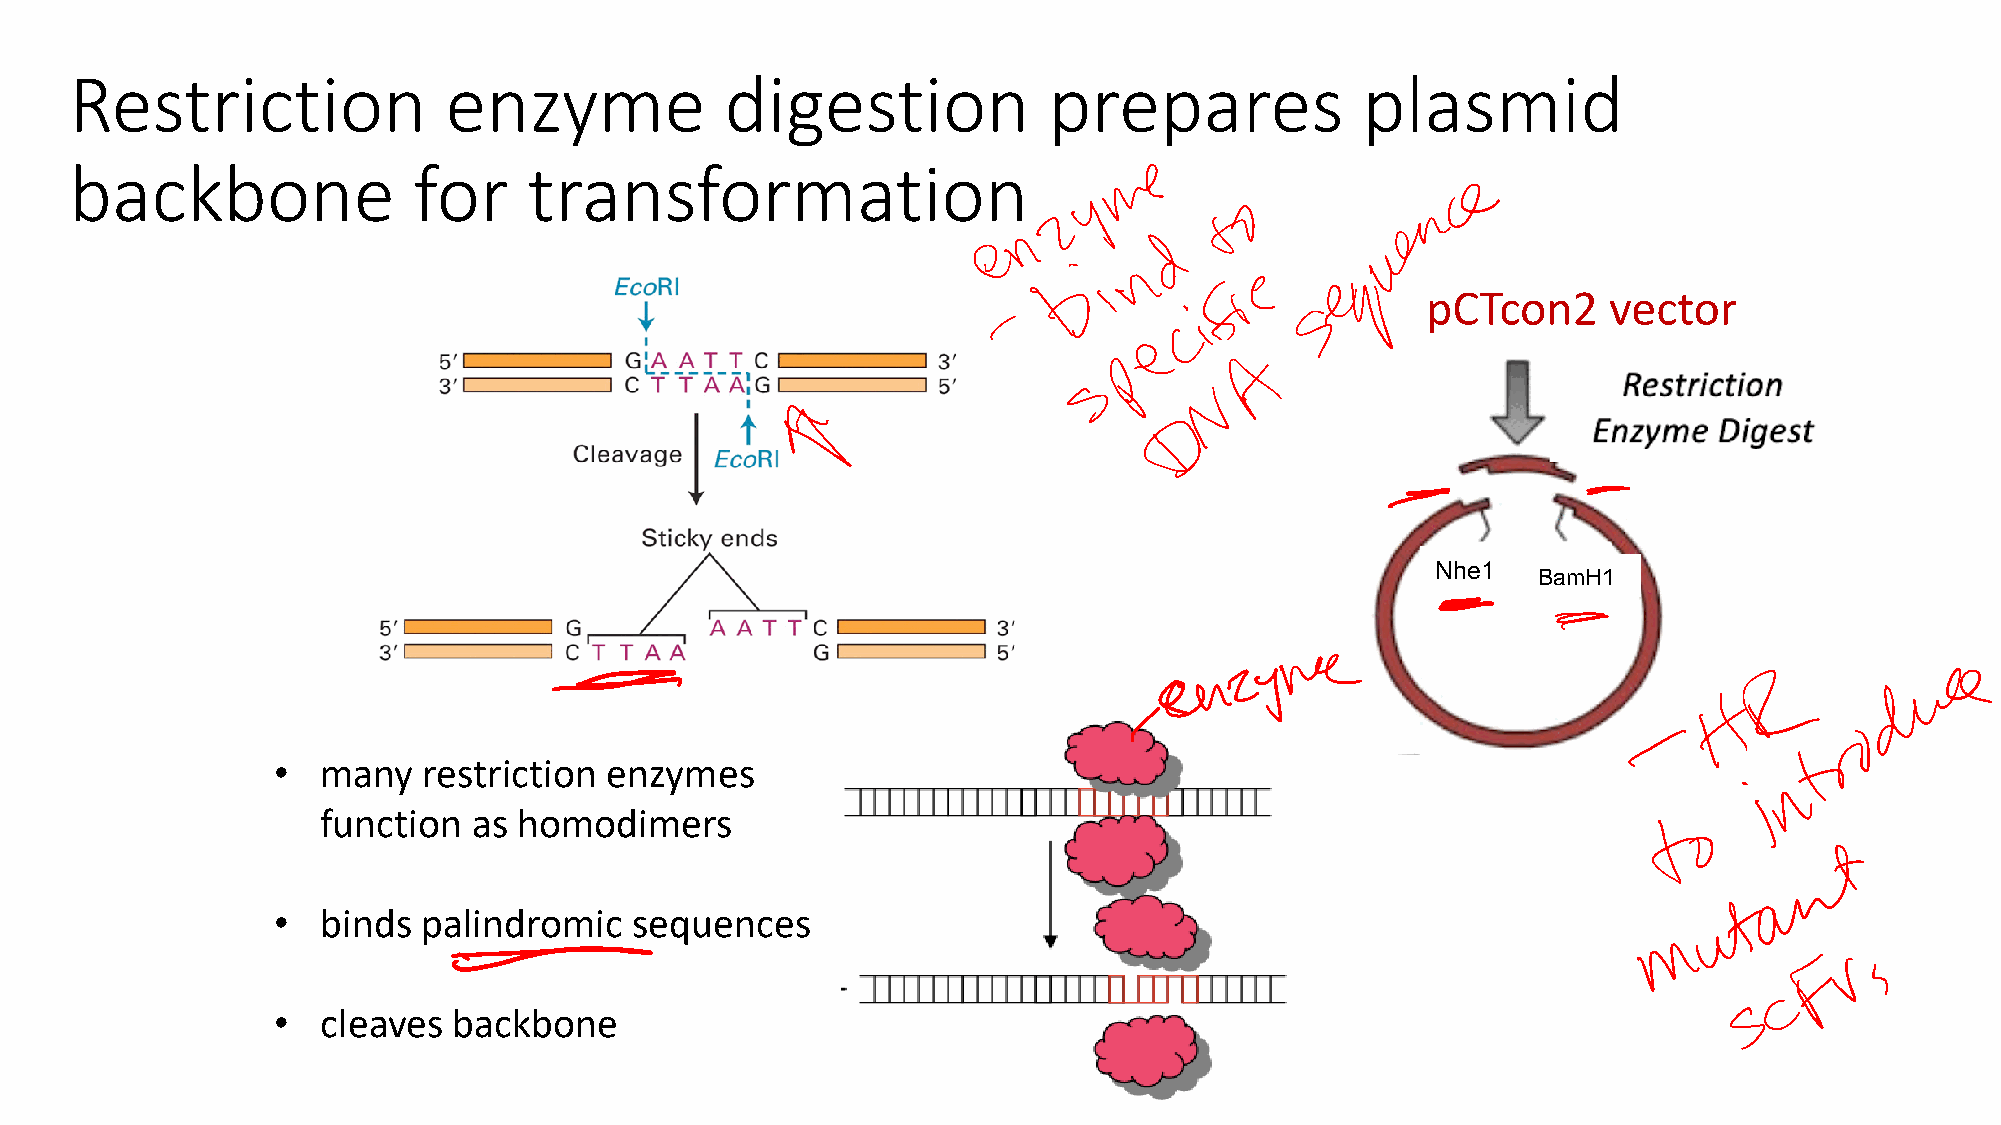
Restriction             enzyme             digestion            prepares             plasmid
 backbone              for     transformation
 pCTcon2     vector
 Nhe1
 BamH1
 •  many   restriction enzymes
 function  as homodimers
 •  binds  palindromic   sequences
 •  cleaves  backbone